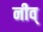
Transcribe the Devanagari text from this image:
नीव्